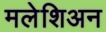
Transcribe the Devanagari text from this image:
मलेशिअन